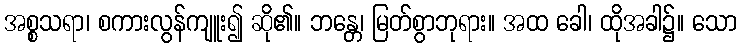
အစ္စသရာ၊ စကားလွန်ကျူး၍ ဆို၏။ ဘန္တေ၊ မြတ်စွာဘုရား။ အထ ခေါ၊ ထိုအခါ၌။ သော